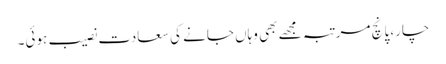
چار، پانچ مرتبہ مجھے بھی وہاں جانے کی سعادت نصیب ہوئی۔